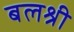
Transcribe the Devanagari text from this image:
बलश्री